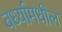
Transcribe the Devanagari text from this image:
वर्ध्यामधील